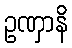
ဥဏှာနိ